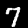
Label: 7